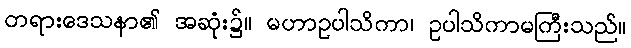
တရားဒေသနာ၏ အဆုံး၌။ မဟာဥပါသိကာ၊ ဥပါသိကာမကြီးသည်။